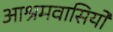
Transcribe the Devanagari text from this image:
आश्रमवासियो